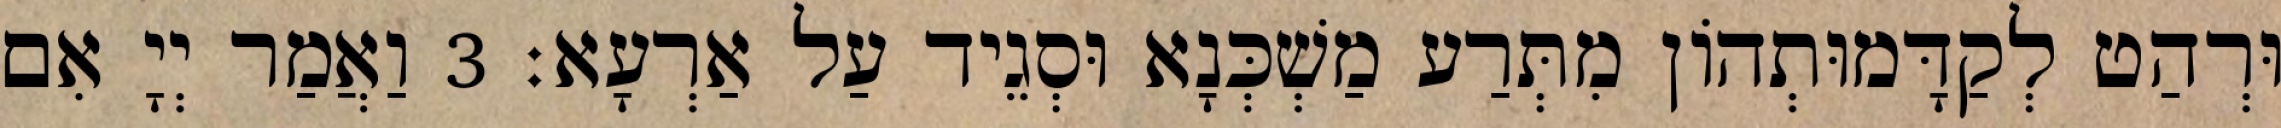
וּרְהַט לְקַדָּמוּתְהוֹן מִתְּרַע מַשְׁכְּנָא וּסְגֵיד עַל אַרְעָא׃ 3 וַאֲמַר יְיָ אִם